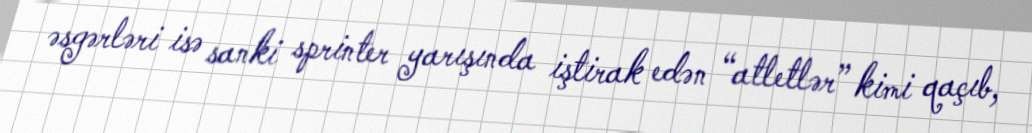
əsgərləri isə sanki sprinter yarışında iştirak edən “atletlər” kimi qaçıb,